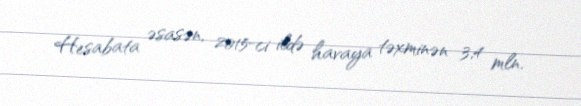
Hesabata əsasən, 2015-ci ildə havaya təxminən 3,4 mln.